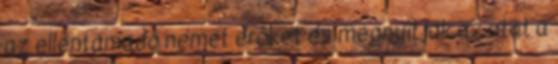
az ellentámadó német erõket és megnyitják az utat a